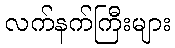
လက်နက်ကြီးများ